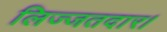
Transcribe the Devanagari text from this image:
लिज्जतदार।